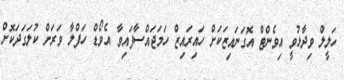
ހަލީލް ވިދާޅުވީ އިވެންޓް އޮގަނައިޒަކަށް ހައިރައިޒް ހަމަޖައްސާފައިވާ އެވޯޑް ހަފްލާ ވަރަށް ކުލަގަދަކޮށް